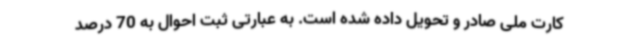
کارت ملی صادر و تحویل داده شده است. به عبارتی ثبت احوال به 70 درصد